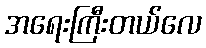
အရေးကြီးတယ်လေ